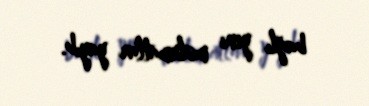
bağlı yeni məlumatlar yayıb.